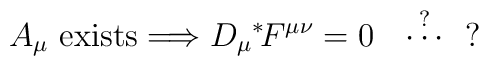
A_\mu {\rm \ exists} \Longrightarrow D_\mu \mbox{}^*\! F^{\mu\nu} =0\ \ \stackrel{?}{\cdots} \ \ ?